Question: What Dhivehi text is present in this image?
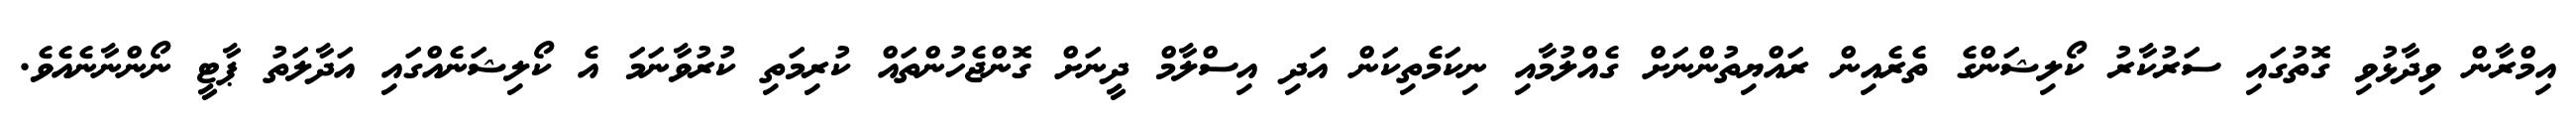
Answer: އިމްރާން ވިދާޅުވި ގޮތުގައި ސަރުކާރު ކޯލިޝަންގެ ތެރެއިން ރައްޔިތުންނަށް ގެއްލުމާއި ނިކަމެތިކަން އަދި އިސްލާމް ދީނަށް ގޮންޖެހުންތައް ކުރިމަތި ކުރުވާނަމަ އެ ކޯލިޝަނެއްގައި އަދާލަތު ޕާޓީ ނޯންނާނެއެވެ.